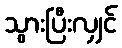
သွားပြီးလျှင်